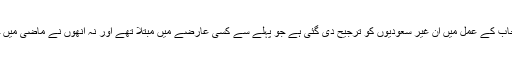
ان کے انتخاب کے عمل میں ان غیر سعودیوں کو ترجیح دی گئی ہے جو پہلے سے کسی عارضے میں مبتلا تھے اور نہ انھوں نے ماضی میں حج کیا تھا۔